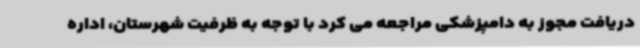
دریافت مجوز به دامپزشکی مراجعه می کرد با توجه به ظرفیت شهرستان، اداره